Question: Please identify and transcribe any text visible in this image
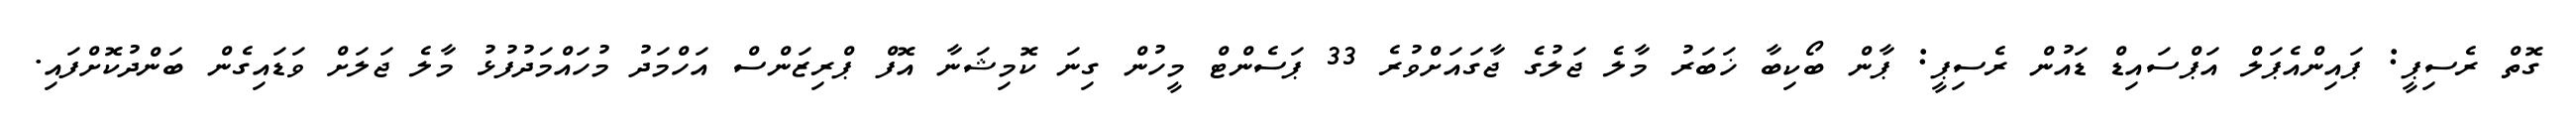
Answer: ގޮތް ރެސިޕީ: ޕައިންއެޕަލް އަޕްސައިޑް ޑައުން ރެސިޕީ: ޕާން ބޯކިބާ ޚަބަރު މާލެ ޖަލުގެ ޖާގައަށްވުރެ 33 ޕަސެންޓް މީހުން ގިނަ ކޮމިޝަނާ އޮފް ޕްރިޒަންސް އަހްމަދު މުހައްމަދުފުޅު މާލެ ޖަލަށް ވަޑައިގެން ބަންދުކޮށްފައި.